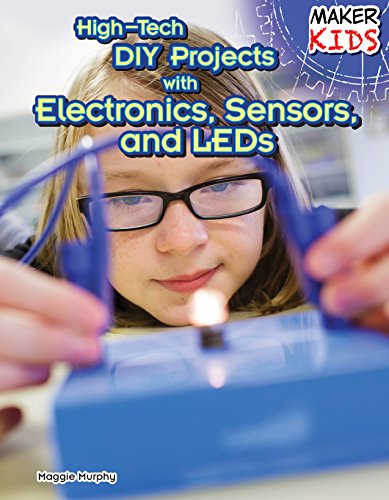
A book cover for High-Tech DIY Projects with Electronics, Sensors, and LEDs (Maker Kids); Maggie Murphy; Children's Books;